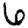
Digit: 6